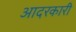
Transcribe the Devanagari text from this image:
आदरकारी